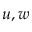
u , w